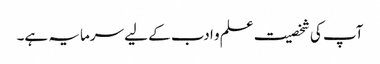
آپ کی شخصیت علم و ادب کے لیے سرمایہ ہے۔